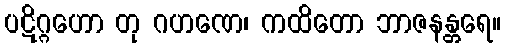
ပဋိဂ္ဂဟော တု ဂဟဏေ၊ ကထိတော ဘာဇနန္တရေ။